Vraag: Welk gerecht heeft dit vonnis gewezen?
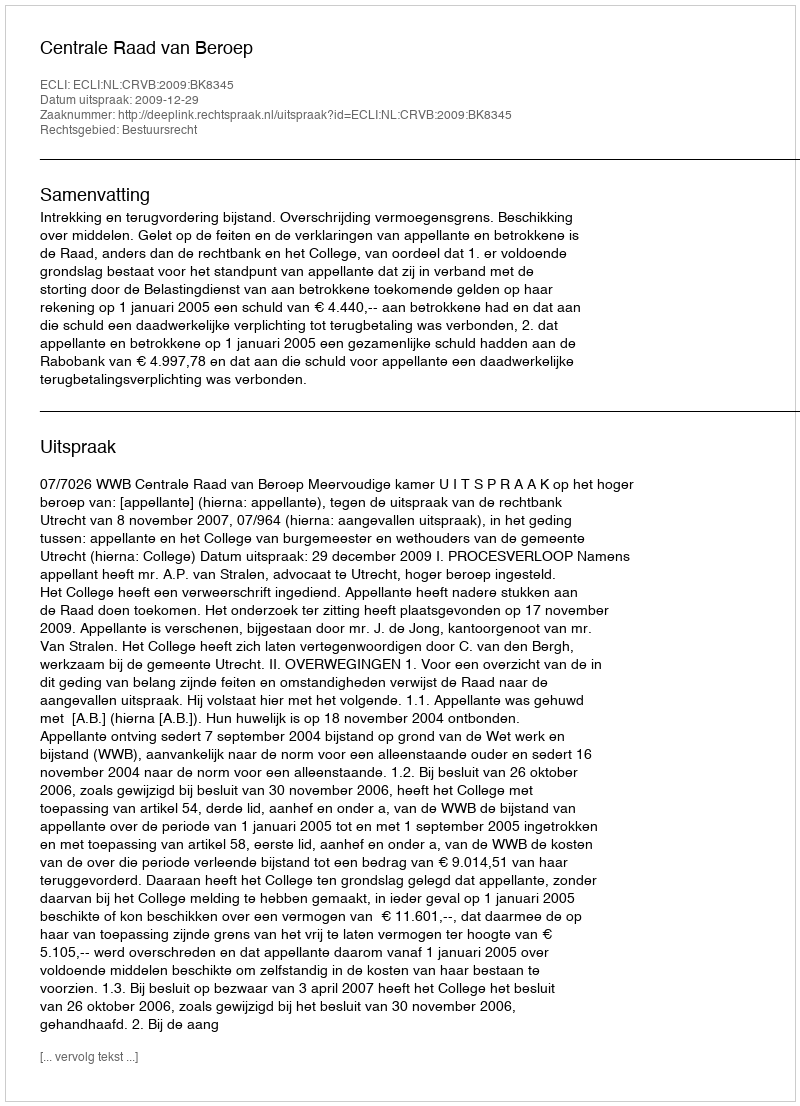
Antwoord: Centrale Raad van Beroep